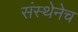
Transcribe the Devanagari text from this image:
संस्थेनेच